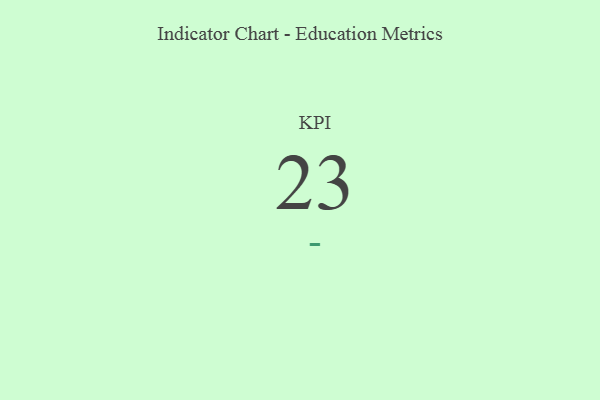
{"axis": {"x": "KPI", "y": "Value"}, "legend": [""], "data": [{"x": "KPI", "y": 23, "type": ""}]}